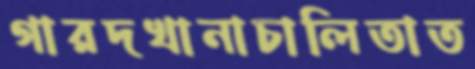
গারদখানাচালিতাত